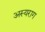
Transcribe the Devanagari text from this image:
अस्यराग